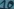
Text: 10